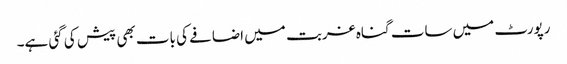
رپورٹ میں سات گناہ غربت میں اضافے کی بات بھی پیش کی گئی ہے۔